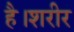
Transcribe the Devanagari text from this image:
है।शरीर